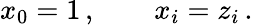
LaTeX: x_{0}=1\, ,\qquad x_{i}=z_{i}\, .